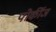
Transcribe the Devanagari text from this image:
पोर्कीज